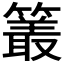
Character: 𮆜